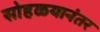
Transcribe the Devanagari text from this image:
सोहळयानंतर